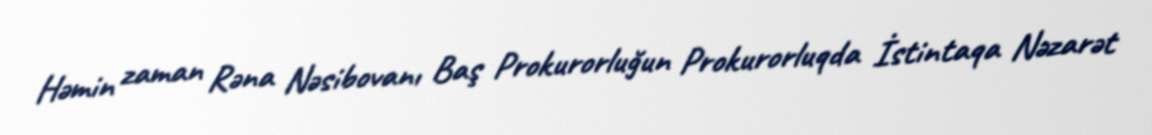
Həmin zaman Rəna Nəsibovanı Baş Prokurorluğun Prokurorluqda İstintaqa Nəzarət